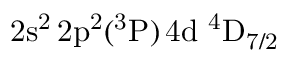
\mathrm { 2 s ^ { 2 } \, 2 p ^ { 2 } ( ^ { 3 } P ) \, 4 d ~ ^ { 4 } D _ { 7 / 2 } }